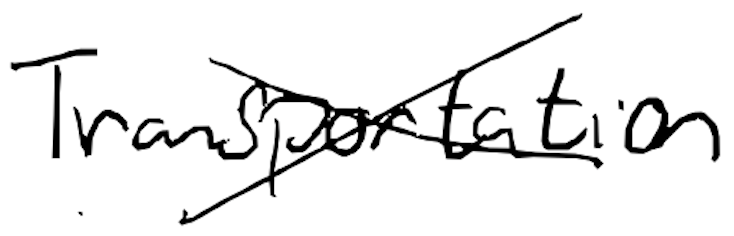
Text: Transportation
Cross-out: cross
Writing tool: digital_black